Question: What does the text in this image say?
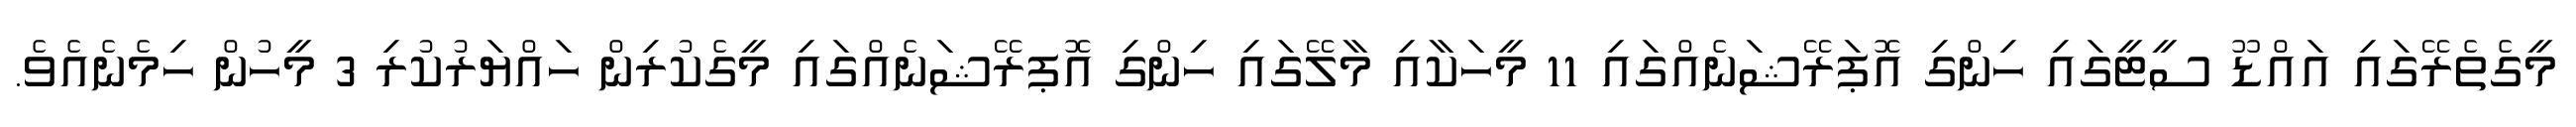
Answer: މީގެތެރޭގައި އައްޑޫ ސީޓީގައި ހިންގި އޮޕަރޭޝަނެއްގައި 11 މީހަކާއި މާލޭގައި ހިންގި އޮޕރޭޝަނެއްގައި މީގެކުރިން ހައްޔަރުކުރި 3 މީހުން ހިމެނެއެވެ.